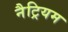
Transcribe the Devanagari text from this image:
नैट्रियम